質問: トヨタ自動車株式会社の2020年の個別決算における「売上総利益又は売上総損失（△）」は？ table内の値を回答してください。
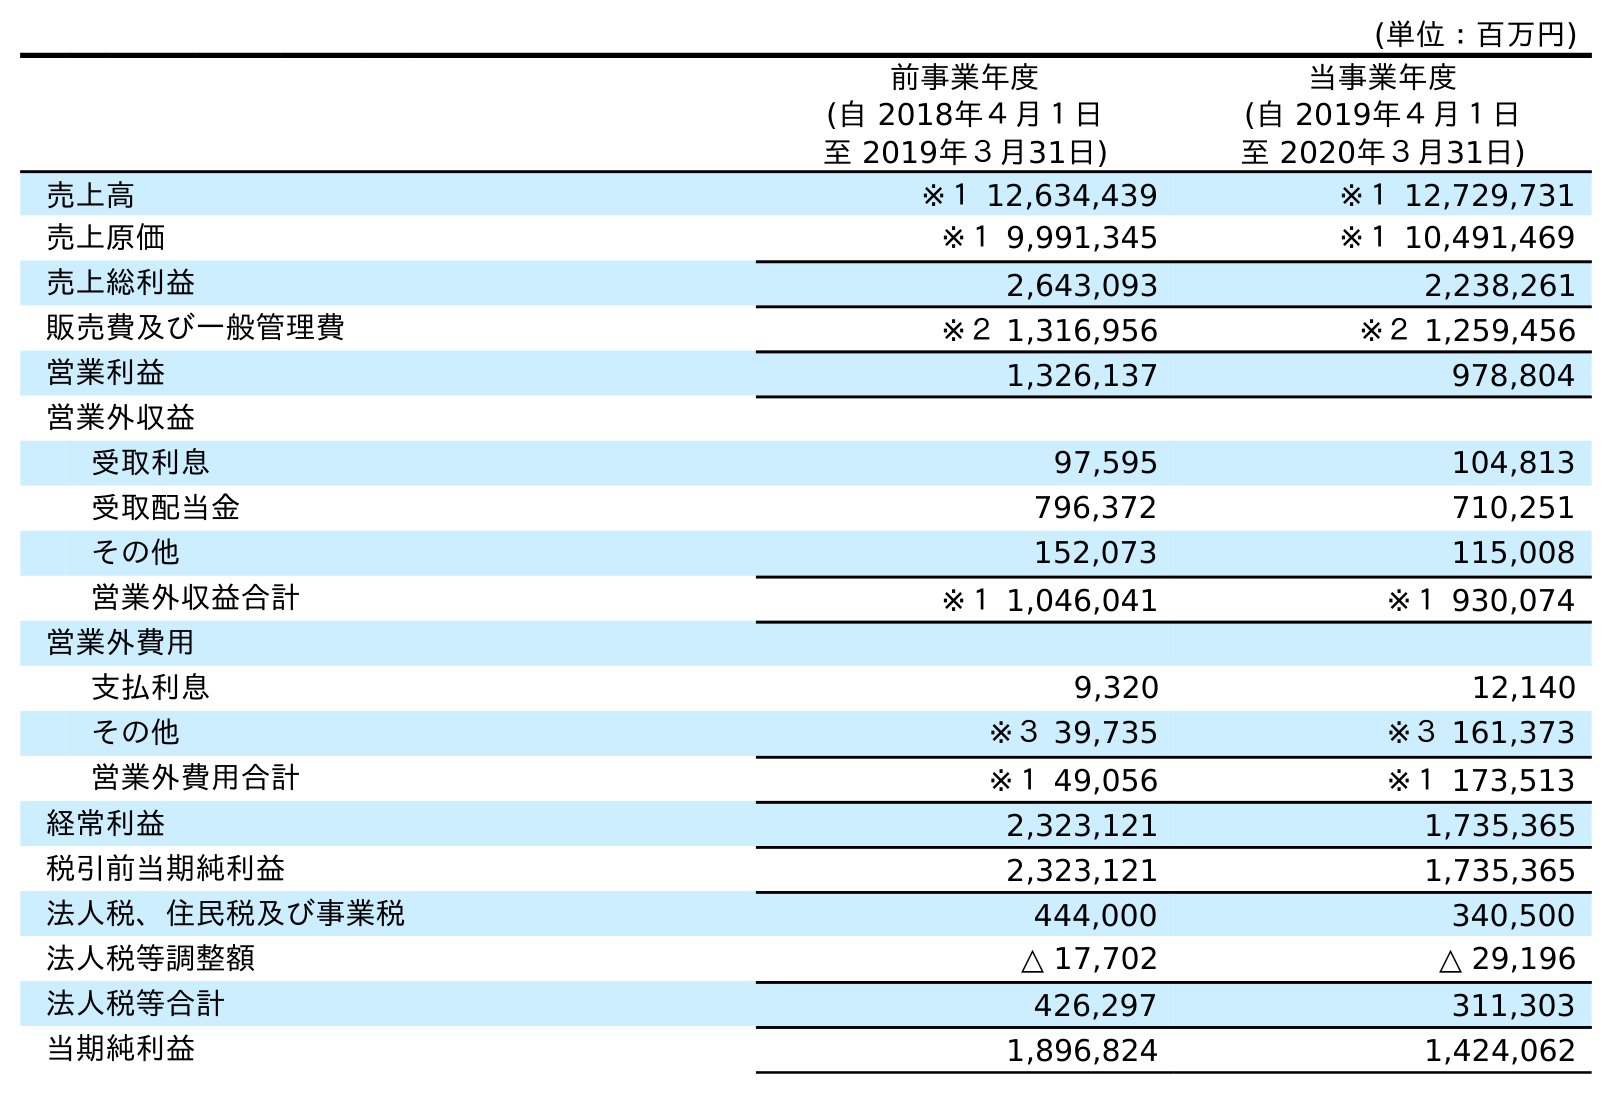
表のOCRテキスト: (単位：百万円) 前事業年度 (自 2018年４月１日 至 2019年３月31日) 当事業年度 (自 2019年４月１日 至 2020年３月31日) 売上高 ※１ 12,634,439 ※１ 12,729,731 売上原価 ※１ 9,991,345 ※１ 10,491,469 売上総利益 2,643,093 2,238,261 販売費及び一般管理費 ※２ 1,316,956 ※２ 1,259,456 営業利益 1,326,137 978,804 営業外収益 受取利息 97,595 104,813 受取配当金 796,372 710,251 その他 152,073 115,008 営業外収益合計 ※１ 1,046,041 ※１ 930,074 営業外費用 支払利息 9,320 12,140 その他 ※３ 39,735 ※３ 161,373 営業外費用合計 ※１ 49,056 ※１ 173,513 経常利益 2,323,121 1,735,365 税引前当期純利益 2,323,121 1,735,365 法人税、住民税及び事業税 444,000 340,500 法人税等調整額 △ 17,702 △ 29,196 法人税等合計 426,297 311,303 当期純利益 1,896,824 1,424,062
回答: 2,238,261